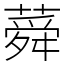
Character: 蕣